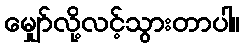
မျှော်လို့လင့်သွားတာပါ။